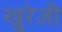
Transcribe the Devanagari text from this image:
खुरेजी